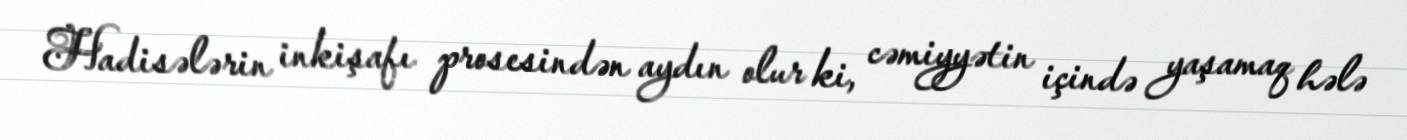
Hadisələrin inkişafı prosesindən aydın olur ki, cəmiyyətin içində yaşamaq hələ